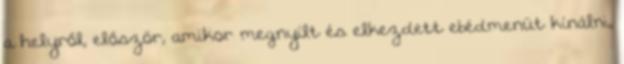
a helyről, először, amikor megnyílt és elkezdett ebédmenüt kínálni,